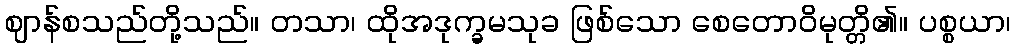
ဈာန်စသည်တို့သည်။ တသာ၊ ထိုအဒုက္ခမသုခ ဖြစ်သော စေတောဝိမုတ္တိ၏။ ပစ္စယာ၊